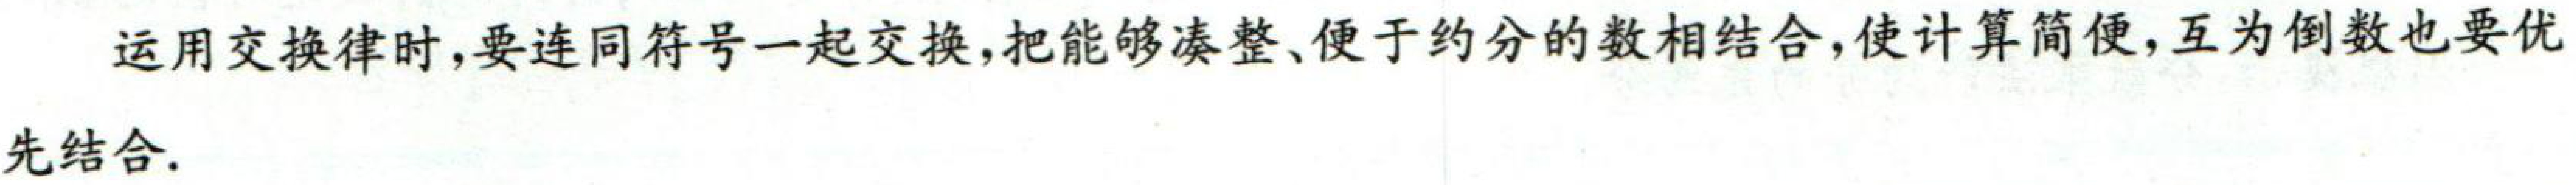
在运用交换律时，要连同符号一起交换，把能够凑整、便于约分的数相结合，使计算简便，互为倒数也要优先结合。